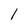
Character: 1